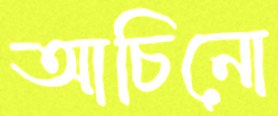
আচিনো